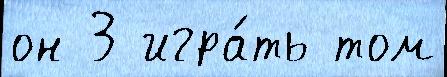
он 3 игра́ть том